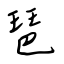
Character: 琶